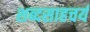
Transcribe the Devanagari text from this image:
शब्दसाहचर्य